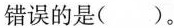
错误的是( )。